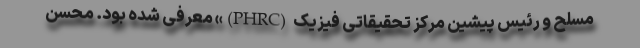
مسلح و رئیس پیشین مرکز تحقیقاتی فیزیک (PHRC)» معرفی شده بود. محسن